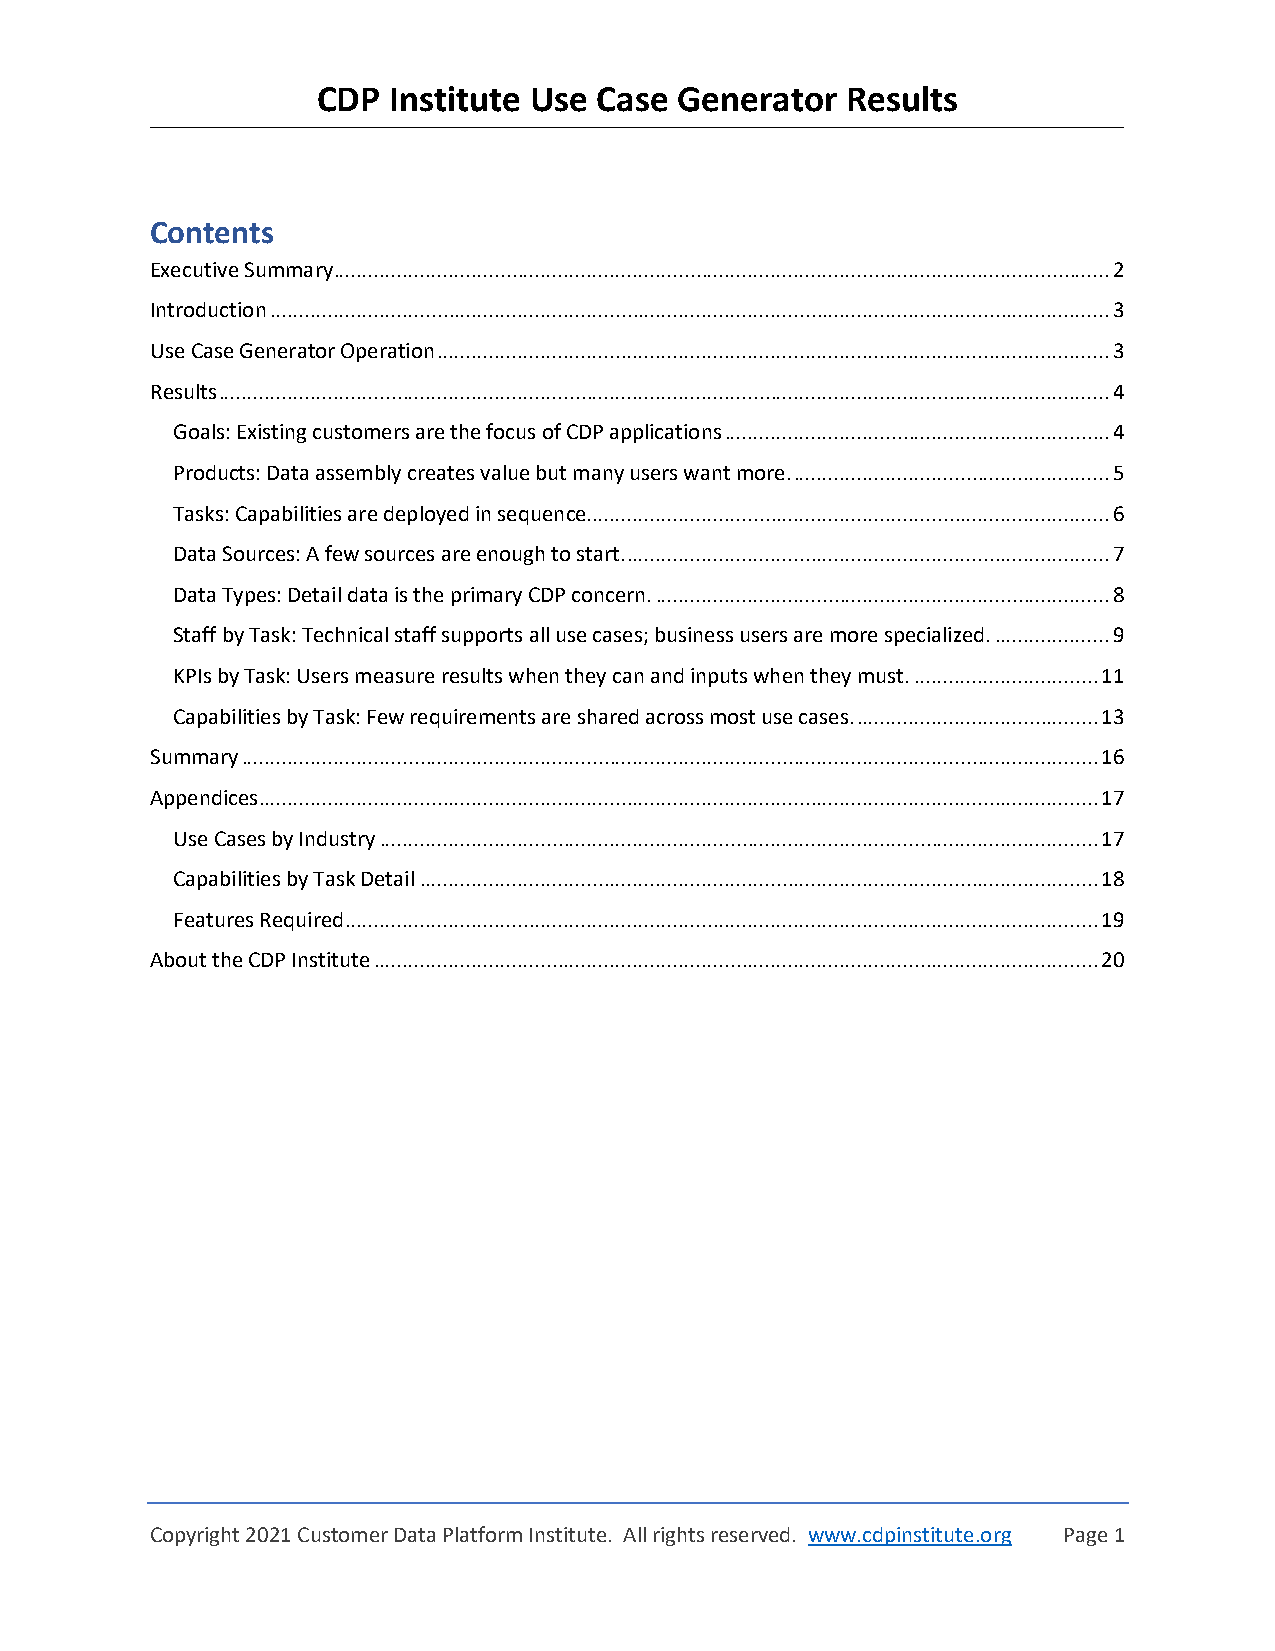
CDP  Institute Use Case Generator  Results
 Contents
 Executive Summary ....................................................................................................................................... 2
 Introduction .................................................................................................................................................. 3
 Use Case Generator Operation ..................................................................................................................... 3
 Results ........................................................................................................................................................... 4
 Goals: Existing customers are the focus of CDP applications ................................................................... 4
 Products: Data assembly creates value but many users want more. ....................................................... 5
 Tasks: Capabilities are deployed in sequence. .......................................................................................... 6
 Data Sources: A few sources are enough to start. .................................................................................... 7
 Data Types: Detail data is the primary CDP concern. ............................................................................... 8
 Staff by Task: Technical staff supports all use cases; business users are more specialized. .................... 9
 KPIs by Task: Users measure results when they can and inputs when they must. ................................ 11
 Capabilities by Task: Few requirements are shared across most use cases. .......................................... 13
 Summary ..................................................................................................................................................... 16
 Appendices .................................................................................................................................................. 17
 Use Cases by Industry ............................................................................................................................. 17
 Capabilities by Task Detail ...................................................................................................................... 18
 Features Required ................................................................................................................................... 19
 About the CDP Institute .............................................................................................................................. 20
 Copyright 2021 Customer Data Platform Institute. All rights reserved. www.cdpinstitute.org Page 1